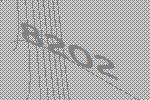
8202